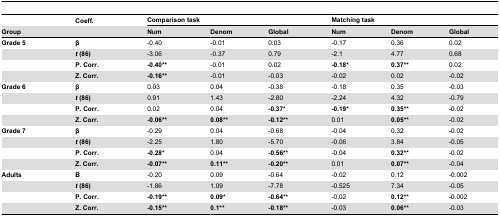
|  | Coeff. | <COLSPAN=3> Comparison task | <COLSPAN=3> Matching task |
 | Group |  | Num | Denom | Global | Num | Denom | Global |
 | --- | --- | --- | --- | --- | --- | --- | --- |
 | Grade 5 | β | -0.40 | -0.01 | 0.03 | -0.17 | 0.36 | 0.02 |
 |  | t (86) | -3.06 | -0.37 | 0.79 | -2.1 | 4.77 | 0.68 |
 |  | P. Corr. | -0.40** | -0.01 | 0.02 | -0.18* | 0.37** | 0.02 |
 |  | Z. Corr. | -0.16** | -0.01 | -0.03 | -0.02 | 0.02 | -0.02 |
 | Grade 6 | β | 0.03 | 0.04 | -0.38 | -0.18 | 0.35 | -0.03 |
 |  | t (86) | 0.91 | 1.43 | -2.80 | -2.24 | 4.32 | -0.79 |
 |  | P. Corr. | 0.02 | 0.04 | -0.37* | -0.19* | 0.35** | -0.02 |
 |  | Z. Corr. | -0.06** | 0.08** | -0.12** | 0.01 | 0.05** | -0.02 |
 | Grade 7 | β | -0.29 | 0.04 | -0.68 | -0.04 | 0.32 | -0.02 |
 |  | t (86) | -2.25 | 1.80 | -5.70 | -0.06 | 3.84 | -0.05 |
 |  | P. Corr. | -0.28* | 0.04 | -0.56** | -0.04 | 0.32** | -0.02 |
 |  | Z. Corr. | -0.07** | 0.11** | -0.20** | 0.01 | 0.07** | -0.04 |
 | Adults | Β | -0.20 | 0.09 | -0.64 | -0.02 | 0.12 | -0.002 |
 |  | t (86) | -1.86 | 1.09 | -7.78 | -0.525 | 7.34 | -0.05 |
 |  | P. Corr. | -0.19** | 0.09* | -0.64** | -0.02 | 0.12** | -0.002 |
 |  | Z. Corr. | -0.15** | 0.1** | -0.18** | -0.03 | 0.06** | -0.03 |